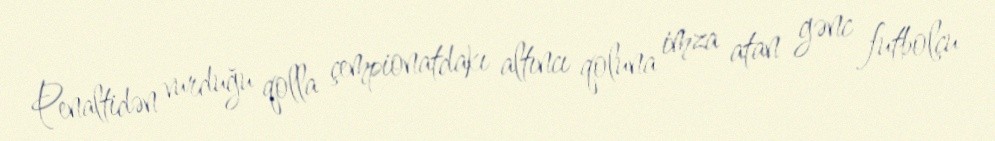
Penaltidən vurduğu qolla çempionatdakı altıncı qoluna imza atan gənc futbolçu